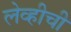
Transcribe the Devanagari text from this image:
लेव्हीची